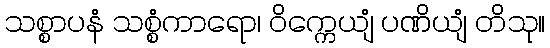
သစ္စာပနံ သစ္စံကာရော၊ ဝိက္ကေယျံ ပဏိယျံ တိသု။